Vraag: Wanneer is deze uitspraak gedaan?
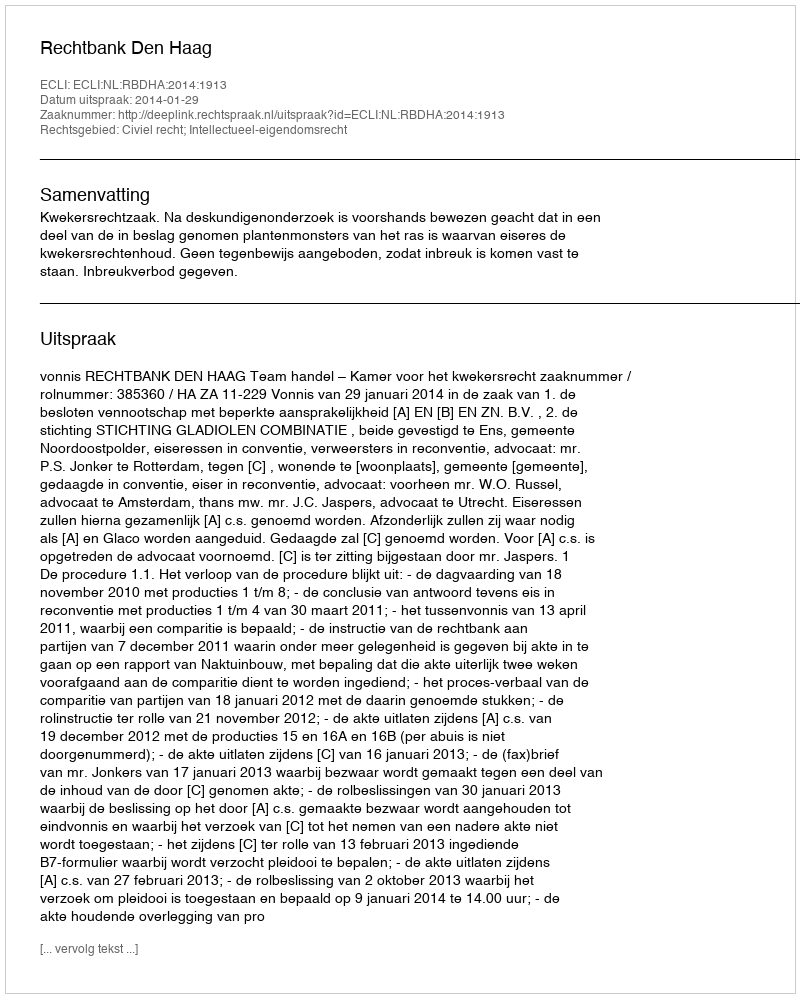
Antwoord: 2014-01-29